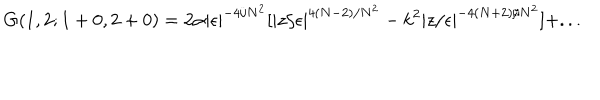
G ( 1 , 2 ; 1 + 0 , 2 + 0 ) = 2 \alpha | \epsilon | ^ { - 4 / N ^ { 2 } } [ | z / \epsilon | ^ { 4 ( N - 2 ) / N ^ { 2 } } - k ^ { 2 } | z / \epsilon | ^ { - 4 ( N + 2 ) / N ^ { 2 } } ] + . . .